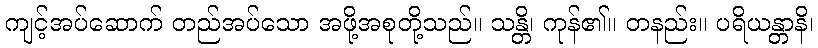
ကျင့်အပ်ဆောက် တည်အပ်သော အဖို့အစုတို့သည်။ သန္တိ၊ ကုန်၏။ တနည်း။ ပရိယန္တာနိ၊